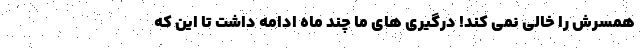
همسرش را خالی نمی کند! درگیری های ما چند ماه ادامه داشت تا این که